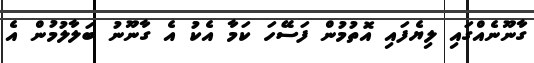
ގާނޫނެއްގައި ލިޔެފައި އޮތުމުން ފަސޭހަ ކަމާ އެކު އެ ގާނޫނު ބަލާލުމުން އެ